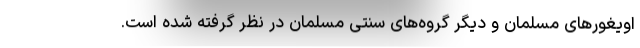
اویغورهای مسلمان و دیگر گروه‌های سنتی مسلمان در نظر گرفته شده است.